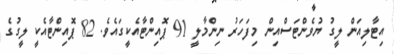
އިޓާލިއަން ލީގު ޔުވެންޓަސްއިން މިފަހަރު ނިންމާލީ 91 ޕޮއިންޓާއެކީގައެވެ. 82 ޕޮއިންޓާއެކީ ލީގުގެ